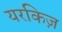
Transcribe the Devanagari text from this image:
यरकिज़